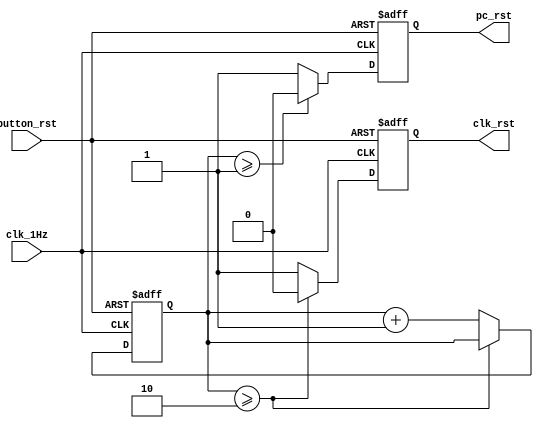
module reset(
    input clk_1Hz,
    input button_rst,
    output reg pc_rst,
    output reg clk_rst
);
    reg [2:0]conter=2'd0;
    initial 
    begin
        conter<=2'd0;
        pc_rst<=1'b1;
        clk_rst<=1'b1; 
    end
    always@(posedge clk_1Hz or negedge button_rst) 
    begin
        if(button_rst==1'b0)
        begin
            conter<=2'd0;
            pc_rst<=1'b1;
            clk_rst<=1'b1;
        end
        else
        begin 
            if(conter>=2'd1)
                pc_rst<=1'b0;
            else
                pc_rst<=1'b1;
            if(conter>=2'd2)
                clk_rst<=1'b0;
            else
            begin
                clk_rst<=1'b1;
                conter<=conter+2'd1;
            end
        end
        

    end
endmodule